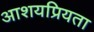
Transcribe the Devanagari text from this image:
आशयप्रियता